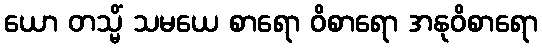
ယော တသ္မိံ သမယေ စာရော ဝိစာရော အနုဝိစာရော